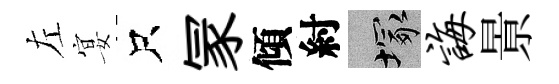
左宴只冡傾紂塚诲㬌